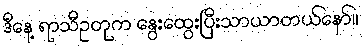
ဒီနေ့ ရာသီဥတုက နွေးထွေးပြီးသာယာတယ်နော်။